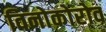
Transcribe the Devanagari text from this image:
विनोकोरोव